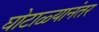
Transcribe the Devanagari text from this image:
घोटाळ्यानंतर